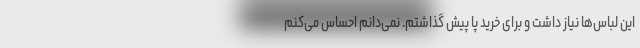
این لباس‌ها نیاز داشت و برای خرید پا پیش گذاشتم. نمی‌دانم احساس می‌کنم